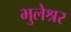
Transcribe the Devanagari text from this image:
भुलेश्रर